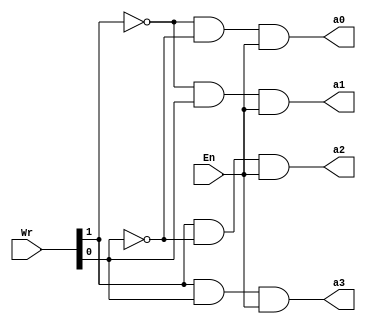
module decoder2to4(Wr, En, a0,a1,a2,a3);

	input [0:1] Wr;
	input En;
	
	output a0, a1, a2, a3;
	
	assign a0 = (!Wr[0] & !Wr[1]) & En;
	assign a1 = (!Wr[0] &  Wr[1]) & En;
	assign a2 =  (Wr[0] & !Wr[1]) & En;
	assign a3 =  (Wr[0] &  Wr[1]) & En;

endmodule



module decoder3to8(Wr, En, a0,a1,a2,a3,a4,a5,a6,a7);
	
	input [0:2] Wr;
	input En;
	
	output a0,a1,a2,a3,a4,a5,a6,a7;
	
	assign a0 = (!Wr[0] & !Wr[1]) & (!Wr[2] & En);
	assign a1 = (!Wr[0] & !Wr[1]) & (Wr[2] & En);
	assign a2 = (!Wr[0] &  Wr[1]) & (!Wr[2] & En);
	assign a3 = (!Wr[0] &  Wr[1]) & (Wr[2] & En);
	assign a4 = (Wr[0] & !Wr[1]) & (!Wr[2] & En);
	assign a5 = (Wr[0] & !Wr[1]) & (Wr[2] & En);
	assign a6 = (Wr[0] &  Wr[1]) & (!Wr[2] & En);
	assign a7 = (Wr[0] &  Wr[1]) & (Wr[2] & En);
	
endmodule



module decoder5to32(Wr,En,a0,a1,a2,a3,a4,a5,a6,a7,a8,a9,a10,a11,a12,a13,a14,a15,a16,a17,a18,a19,a20,a21,a22,a23,a24,a25,a26,a27,a28,a29,a30,a31);
	
	input [0:4] Wr;
	input En;
	
	output a0,a1,a2,a3,a4,a5,a6,a7,a8,a9,a10,a11,a12,a13,a14,a15,a16,a17,a18,a19,a20,a21,a22,a23,a24,a25,a26,a27,a28,a29,a30,a31;
	
	/*wire d3, d2, d1, d0;
	
	decoder2to4 d24(Wr[0:1], En, d0, d1, d2, d3);
	
	decoder3to8 d38_1(Wr[2:4], d0, a0,a1,a2,a3,a4,a5,a6,a7);
	decoder3to8 d38_2(Wr[2:4], d1, a8,a9,a10,a11,a12,a13,a14,a15);
	decoder3to8 d38_3(Wr[2:4], d2, a16,a17,a18,a19,a20,a21,a22,a23);
	decoder3to8 d38_4(Wr[2:4], d3, a24,a25,a26,a27,a28,a29,a30,a31);*/
	
	assign a0 = (!Wr[0] & !Wr[1]) & (!Wr[2] & !Wr[3]) & (!Wr[4] & En);
	assign a1 = (!Wr[0] & !Wr[1]) & (!Wr[2] & !Wr[3]) & (Wr[4] & En);
	assign a2 = (!Wr[0] & !Wr[1]) & (!Wr[2] & Wr[3]) & (!Wr[4] & En);
	assign a3 = (!Wr[0] & !Wr[1]) & (!Wr[2] & Wr[3]) & (Wr[4] & En);
	assign a4 = (!Wr[0] & !Wr[1]) & (Wr[2] & !Wr[3]) & (!Wr[4] & En);
	assign a5 = (!Wr[0] & !Wr[1]) & (Wr[2] & !Wr[3]) & (Wr[4] & En);
	assign a6 = (!Wr[0] & !Wr[1]) & (Wr[2] & Wr[3]) & (!Wr[4] & En);
	assign a7 = (!Wr[0] & !Wr[1]) & (Wr[2] & Wr[3]) & (Wr[4] & En);
	assign a8 = (!Wr[0] & Wr[1]) & (!Wr[2] & !Wr[3]) & (!Wr[4] & En);
	assign a9 = (!Wr[0] & Wr[1]) & (!Wr[2] & !Wr[3]) & (Wr[4] & En);
	assign a10 = (!Wr[0] & Wr[1]) & (!Wr[2] & Wr[3]) & (!Wr[4] & En);
	assign a11 = (!Wr[0] & Wr[1]) & (!Wr[2] & Wr[3]) & (Wr[4] & En);
	assign a12 = (!Wr[0] & Wr[1]) & (Wr[2] & !Wr[3]) & (!Wr[4] & En);
	assign a13 = (!Wr[0] & Wr[1]) & (Wr[2] & !Wr[3]) & (Wr[4] & En);
	assign a14 = (!Wr[0] & Wr[1]) & (Wr[2] & Wr[3]) & (!Wr[4] & En);
	assign a15 = (!Wr[0] & Wr[1]) & (Wr[2] & Wr[3]) & (Wr[4] & En);
	assign a16 = (Wr[0] & !Wr[1]) & (!Wr[2] & !Wr[3]) & (!Wr[4] & En);
	assign a17 = (Wr[0] & !Wr[1]) & (!Wr[2] & !Wr[3]) & (Wr[4] & En);
	assign a18 = (Wr[0] & !Wr[1]) & (!Wr[2] & Wr[3]) & (!Wr[4] & En);
	assign a19 = (Wr[0] & !Wr[1]) & (!Wr[2] & Wr[3]) & (Wr[4] & En);
	assign a20 = (Wr[0] & !Wr[1]) & (Wr[2] & !Wr[3]) & (!Wr[4] & En);
	assign a21 = (Wr[0] & !Wr[1]) & (Wr[2] & !Wr[3]) & (Wr[4] & En);
	assign a22 = (Wr[0] & !Wr[1]) & (Wr[2] & Wr[3]) & (!Wr[4] & En);
	assign a23 = (Wr[0] & !Wr[1]) & (Wr[2] & Wr[3]) & (Wr[4] & En);
	assign a24 = (Wr[0] & Wr[1]) & (!Wr[2] & !Wr[3]) & (!Wr[4] & En);
	assign a25 = (Wr[0] & Wr[1]) & (!Wr[2] & !Wr[3]) & (Wr[4] & En);
	assign a26 = (Wr[0] & Wr[1]) & (!Wr[2] & Wr[3]) & (!Wr[4] & En);
	assign a27 = (Wr[0] & Wr[1]) & (!Wr[2] & Wr[3]) & (Wr[4] & En);
	assign a28 = (Wr[0] & Wr[1]) & (Wr[2] & !Wr[3]) & (!Wr[4] & En);
	assign a29 = (Wr[0] & Wr[1]) & (Wr[2] & !Wr[3]) & (Wr[4] & En);
	assign a30 = (Wr[0] & Wr[1]) & (Wr[2] & Wr[3]) & (!Wr[4] & En);
	assign a31 = (Wr[0] & Wr[1]) & (Wr[2] & Wr[3]) & (Wr[4] & En);
	
endmodule